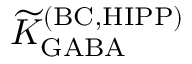
{ \widetilde K } _ { \mathrm { G A B A } } ^ { \mathrm { ( B C , H I P P ) } }